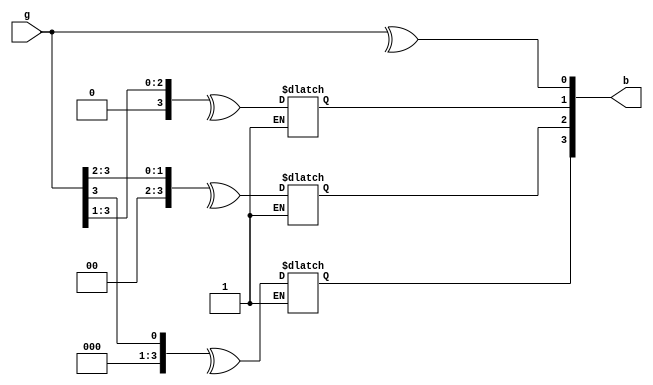
module gray2bin
	#(parameter n = 4)
	(
		input  [n-1:0]g,
		output reg [n-1:0]b
	);
integer i;
reg [n-1:0]r_g; 
	always @*
		begin
		i =0;
		r_g = g;
	repeat(n)begin
		b[i] = ^r_g;
		r_g = r_g>>>1;
		i = i+1;
	end 
	end
endmodule